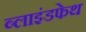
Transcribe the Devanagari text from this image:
ब्लाइंडफेथ